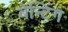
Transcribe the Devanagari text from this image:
बेन्टिंग